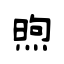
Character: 煦